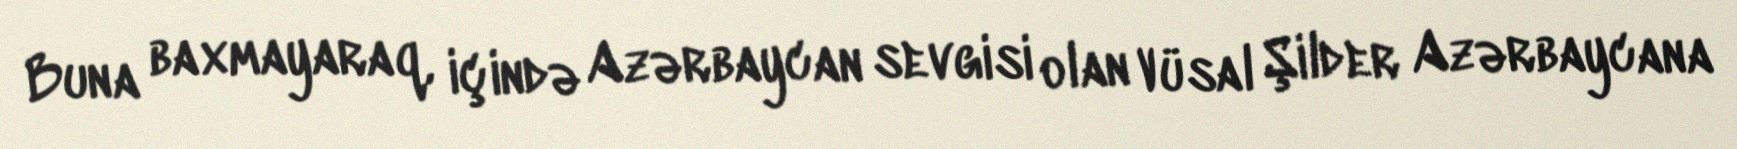
Buna baxmayaraq, içində Azərbaycan sevgisi olan Vüsal Şilder Azərbaycana